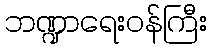
ဘဏ္ဍာရေးဝန်ကြီး